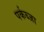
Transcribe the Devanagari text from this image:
पर्कब्जा